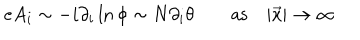
e A _ { i } \sim - i \partial _ { i } \ln \phi \sim N \partial _ { i } \theta \qquad \mathrm { a s } \quad | \vec { x } | \to \infty